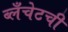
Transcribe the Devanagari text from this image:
ब्लँचेटची